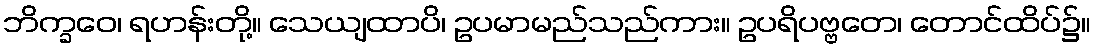
ဘိက္ခဝေ၊ ရဟန်းတို့။ သေယျထာပိ၊ ဥပမာမည်သည်ကား။ ဥပရိပဗ္ဗတေ၊ တောင်ထိပ်၌။